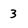
Character: 3